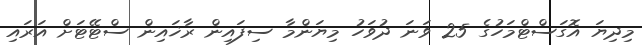
މިދިޔަ އޮގަސްޓްމަހުގެ 25 ވަނަ ދުވަހު މިޔަންމާ ސިފައިން ރާޚައިން ސްޓޭޓަށް އަރައި